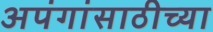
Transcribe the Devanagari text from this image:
अपंगांसाठीच्या